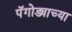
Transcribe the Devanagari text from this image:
पॅगोड्याच्या